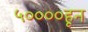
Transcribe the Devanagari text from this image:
५००००हून